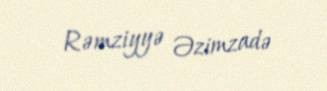
Rəmziyyə Əzimzadə